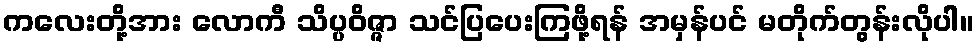
ကလေးတို့အား လောကီ သိပ္ပဝိဇ္ဇာ သင်ပြပေးကြဖို့ရန် အမှန်ပင် မတိုက်တွန်းလိုပါ။